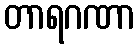
တာရဂဏာ